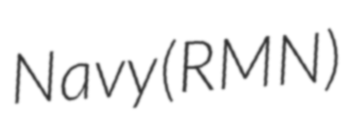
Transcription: Navy (RMN)